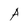
Character: A